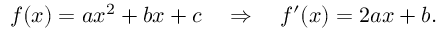
f ( x ) = a x ^ { 2 } + b x + c \quad \Rightarrow \quad f ^ { \prime } ( x ) = 2 a x + b \, \! .